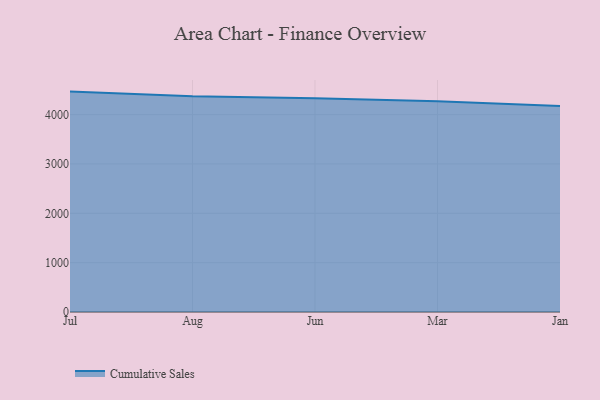
{"axis": {"x": "Month", "y": "Page Views"}, "legend": ["Cumulative Sales"], "data": [{"x": "Jul", "y": 4466.5, "type": "Cumulative Sales"}, {"x": "Aug", "y": 4370.3, "type": "Cumulative Sales"}, {"x": "Jun", "y": 4331.4, "type": "Cumulative Sales"}, {"x": "Mar", "y": 4271.2, "type": "Cumulative Sales"}, {"x": "Jan", "y": 4174.2, "type": "Cumulative Sales"}]}